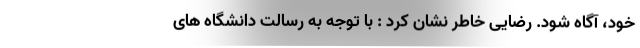
خود، آگاه شود. رضایی خاطر نشان کرد : با توجه به رسالت دانشگاه های